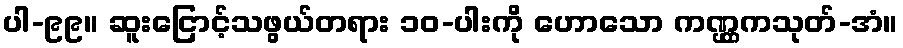
ပါ-၉၉။ ဆူးငြောင့်သဖွယ်တရား ၁၀-ပါးကို ဟောသော ကဏ္ဌ္ဌကသုတ်-အံ။